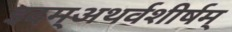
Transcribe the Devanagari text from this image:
इदम्‌अथर्वशीर्षम्‌